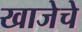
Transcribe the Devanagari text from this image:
खाजेचे